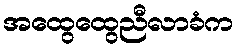
အထွေထွေညီလာခံက